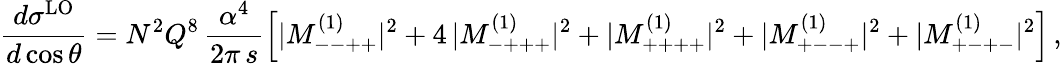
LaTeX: {\frac{d\sigma^{\mathrm{LO}}}{d\cos\theta}}=N^{2}Q^{8}\, {\frac{\alpha^{4}}{2\pi\, s}}\Bigl[|M_{--++}^{(1)}|^{2}+4\, |M_{-+++}^{(1)}|^{2}+|M_{++++}^{(1)}|^{2}+|M_{+--+}^{(1)}|^{2}+|M_{+-+-}^{(1)}|^{2}\Bigr]\, ,